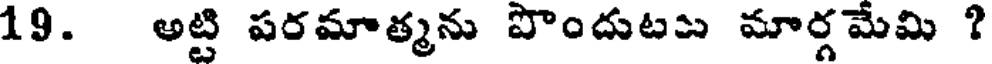
19. అట్టి పరమాత్మను పొందుటు మార్గ మేమి ?